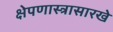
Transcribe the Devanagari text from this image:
क्षेपणास्त्रासारखे